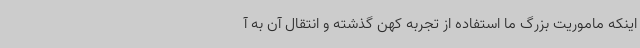
اینکه ماموریت بزرگ ما استفاده از تجربه کهن گذشته و انتقال آن به آ